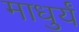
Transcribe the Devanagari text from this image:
माधुर्यं